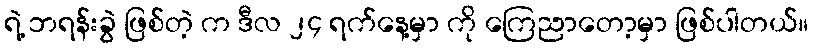
ရဲ့ ဘရန်းခွဲ ဖြစ်တဲ့ က ဒီလ ၂၄ ရက်နေ့မှာ ကို ကြေညာတော့မှာ ဖြစ်ပါတယ်။